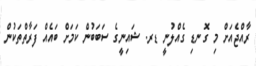
ރާއްޖެއަށް މި ގޮނޑި ގެއްލުނީ ޑރ. ޝައިނީގެ ސަބަބުން ކަމަށް ބައެއް ފަރާތްތަކުން